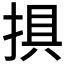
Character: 𢮭